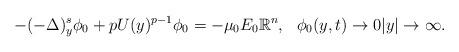
LaTeX: \begin{align*}-(-\Delta)^s_y\phi_{0} + pU(y)^{p-1}\phi_{0} = -\mu_{0}E_{0}\mathbb{R}^n,~~\phi_0(y, t)\to 0|y|\to \infty.\end{align*}